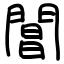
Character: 閶